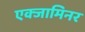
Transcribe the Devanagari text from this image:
एक्‍जामिनर